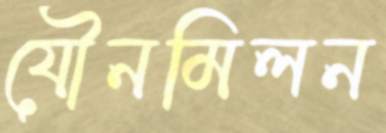
যৌনমিলন